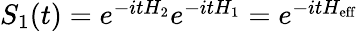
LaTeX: \begin{array}{r}{S_{1}(t)=e^{-itH_{2}}e^{-itH_{1}}=e^{-itH_{\textrm{eff}}}}\end{array}